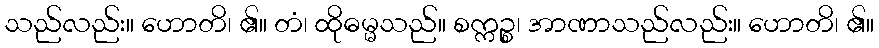
သည်လည်း။ ဟောတိ၊ ၏။ တံ၊ ထိုဓမ္မသည်။ စက္ကဉ္စ၊ အာဏာသည်လည်း။ ဟောတိ၊ ၏။